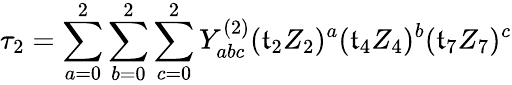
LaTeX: \tau_{2}=\sum_{a=0}^{2}\sum_{b=0}^{2}\sum_{c=0}^{2}Y_{abc}^{(2)}(\mathfrak{t}_{2}Z_{2})^{a}(\mathfrak{t}_{4}Z_{4})^{b}(\mathfrak{t}_{7}Z_{7})^{c}